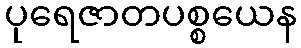
ပုရေဇာတပစ္စယေန